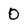
Character: 0